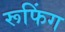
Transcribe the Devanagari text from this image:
रूफिंग